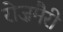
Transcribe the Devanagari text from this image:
रोज़मैरी